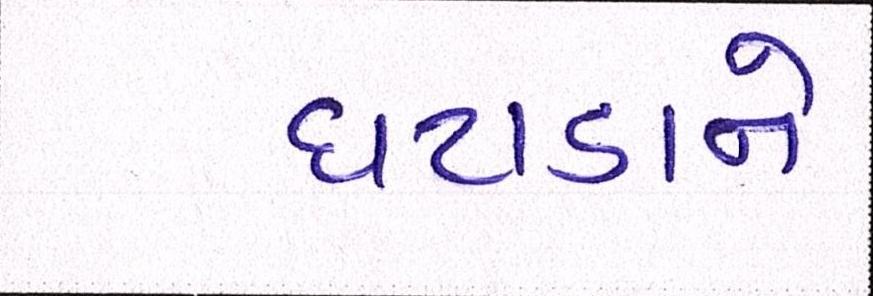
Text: ઘટાડાને